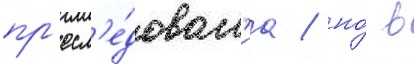
пр'есл'е́дован'иа / но́ в